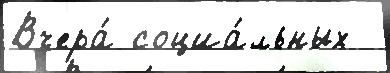
Вчера́ социа́льных